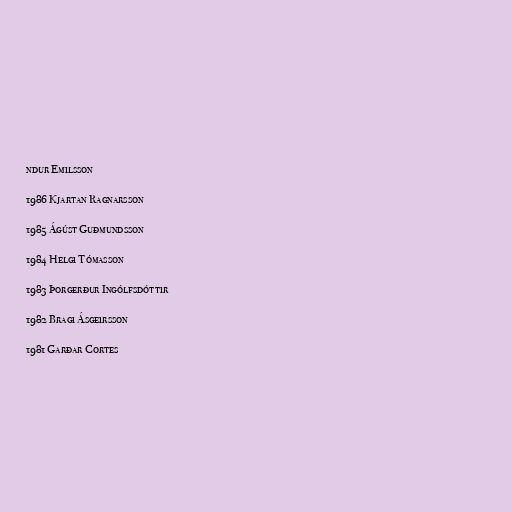
ndur Emilsson

1986 Kjartan Ragnarsson

1985 Ágúst Guðmundsson

1984 Helgi Tómasson

1983 Þorgerður Ingólfsdóttir

1982 Bragi Ásgeirsson

1981 Garðar Cortes